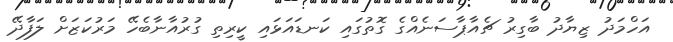
އަހްމަދު ޒިޔާދު ބާގިރު ޗެއާޕާސަނެއްގެ ގޮތުގައި ކަނޑައަޅައި ކީރިތި ގުރުއާނާބެހޭ މަރުކަޒަށް ލަފާދޭ